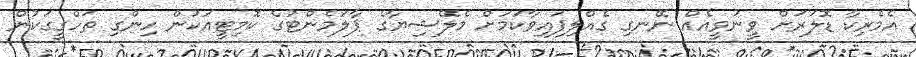
އެމެރިކާ ޑޮލަރަށް ވީނުވީއެއް ނޭނގި ގެއްލިފައިވާކަމަށް މެލޭޝިޔާގެ ޕާލަމެންޓުގެ ކޮމިޓީއަކުން ހިންގި ތަހްގީގަކުން